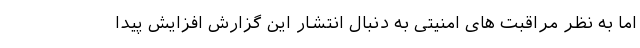
اما به نظر مراقبت های امنیتی به دنبال انتشار این گزارش افزایش پیدا